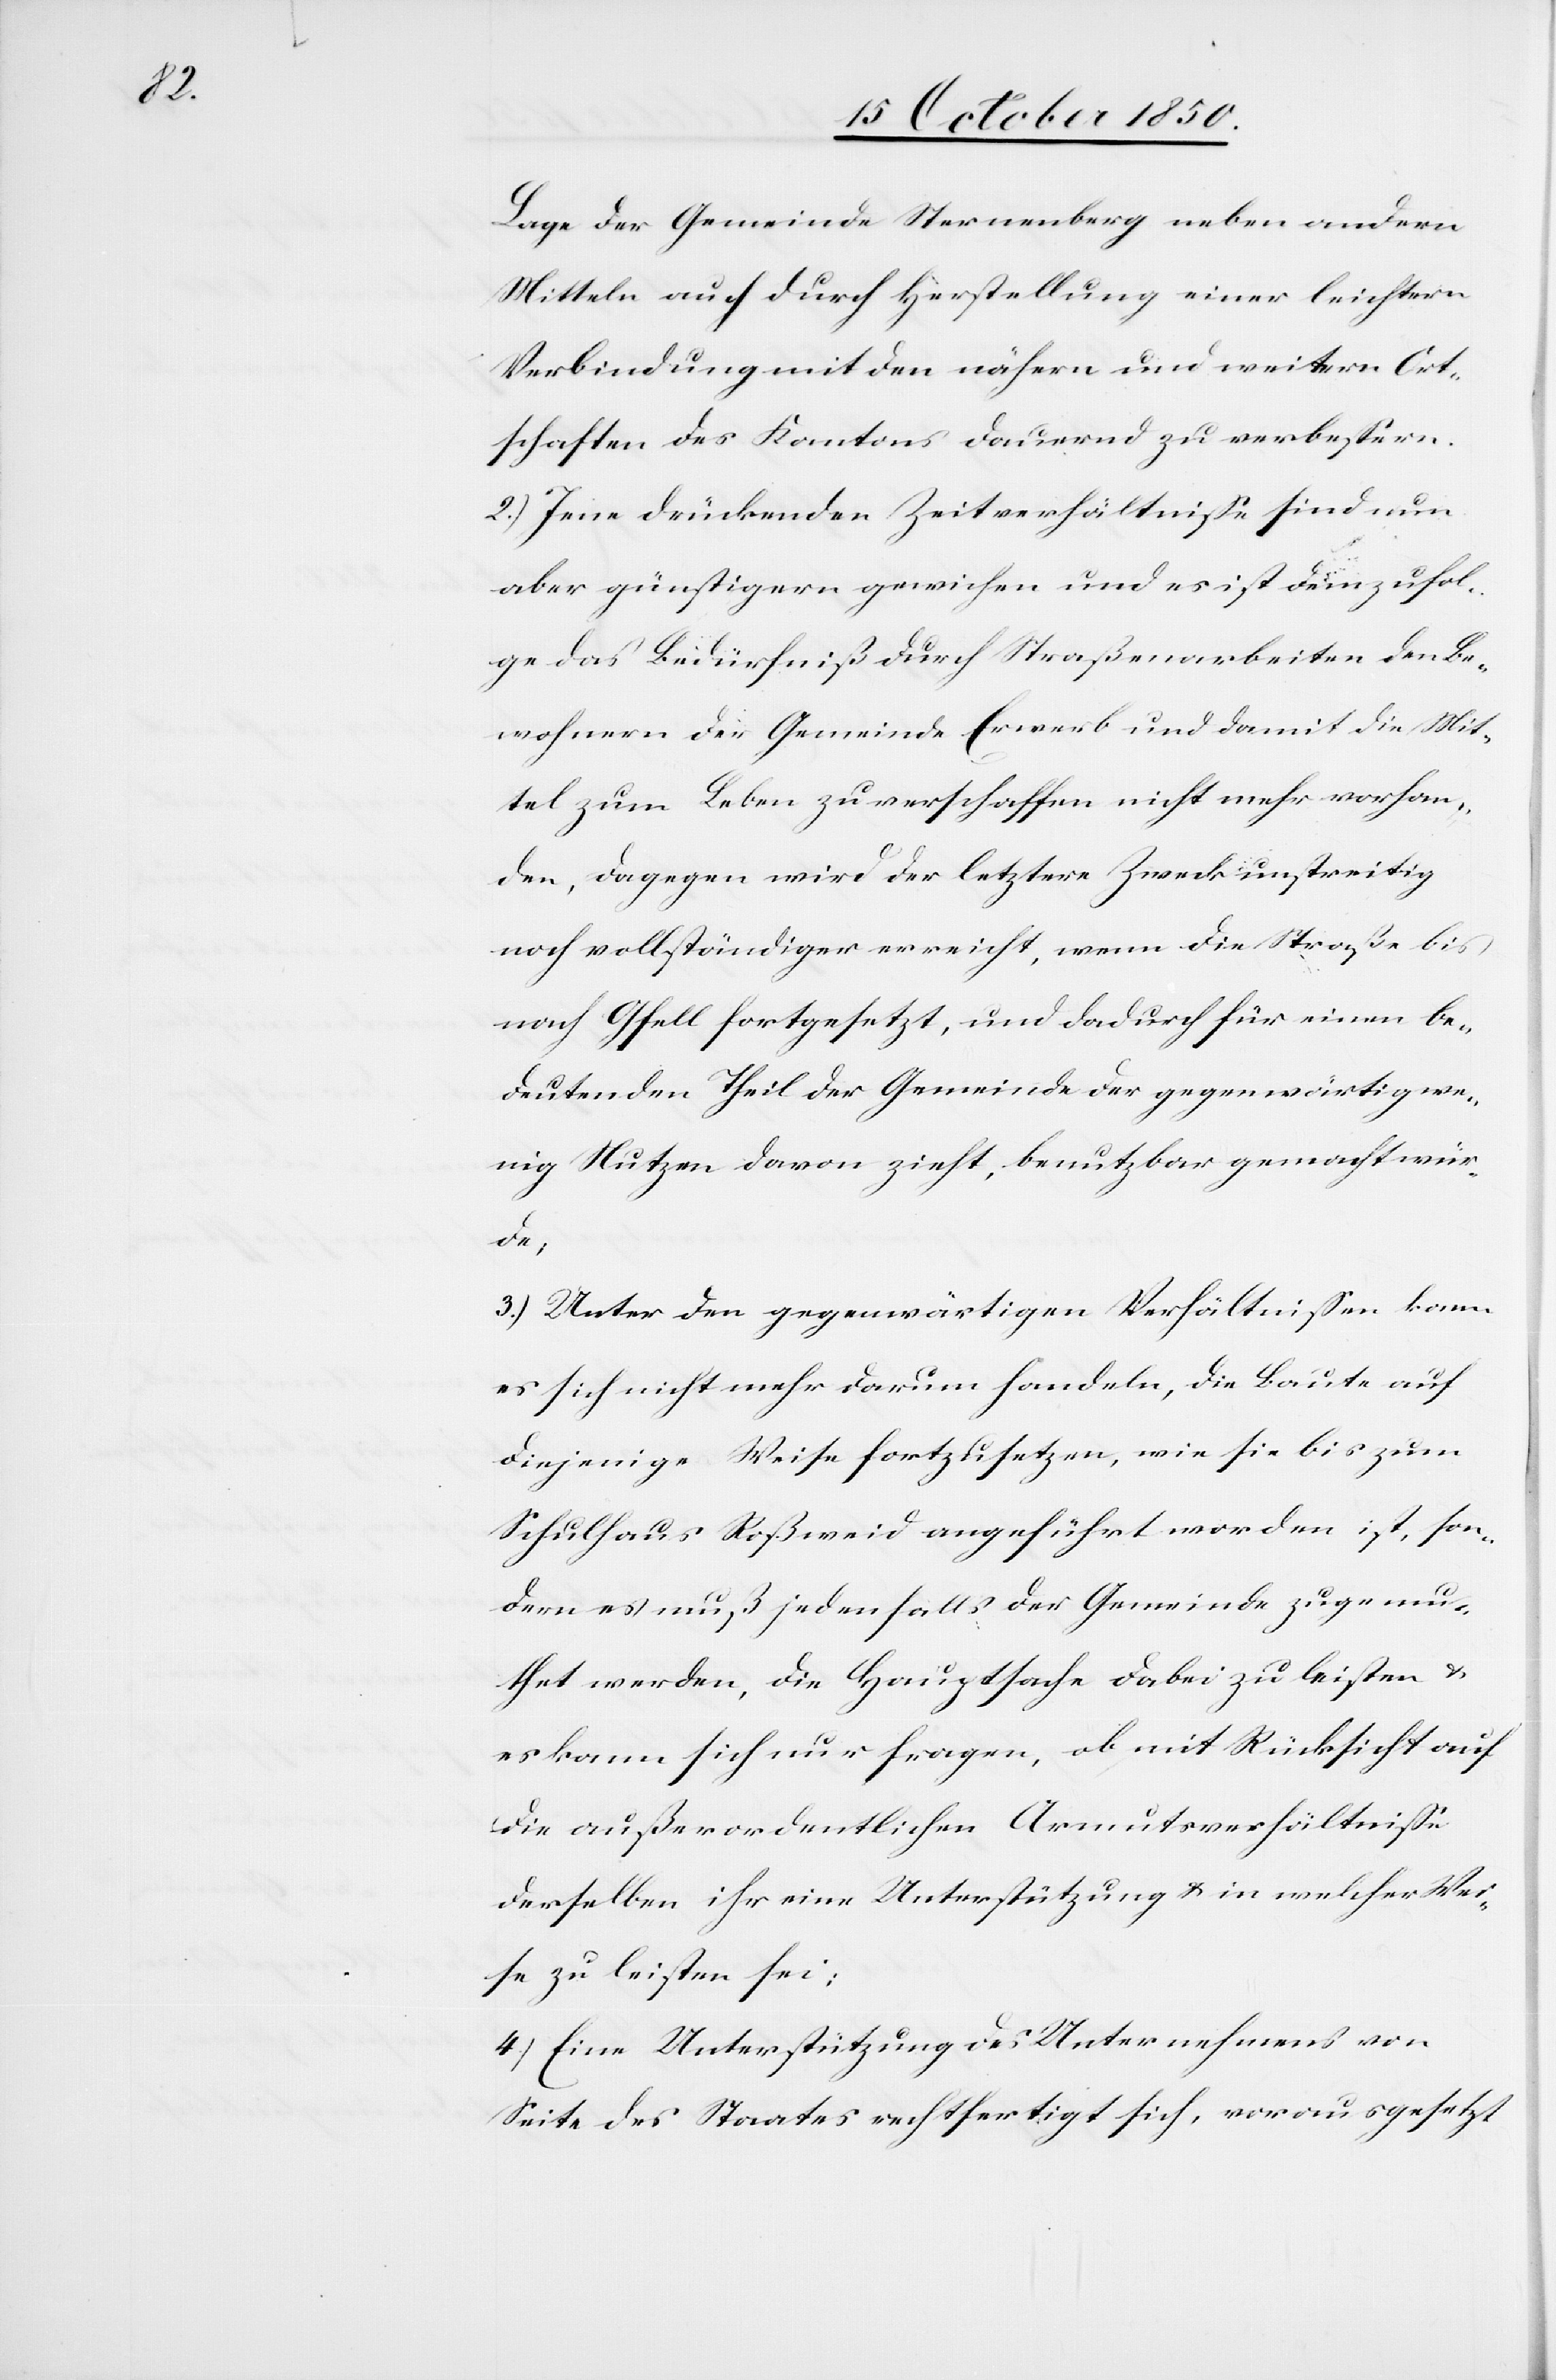
Lage der Gemeinde Sternenberg neben andern
Mitteln auch durch Herstellung einer leichtern
Verbindung mit den nähern und weitern Ort¬
schaften des Kantons dauernd zu verbessern.
2.) Jene drückenden Zeitverhältnisse sind nun
aber günstigern gewichen und es ist demzufol¬
ge das Bedürfniß durch Straßenarbeiten den Be¬
wohnern der Gemeinde Erwerb und damit die Mit¬
tel zum Leben zu verschaffen nicht mehr vorhan¬
den, dagegen wird der letztere Zweck unstreitig
noch vollständiger erreicht, wenn die Straße bis
nach Gfell fortgesetzt, und dadurch für einen be¬
deutenden Theil der Gemeinde der gegenwärtig we¬
nig Nutzen davon zieht, benutzbar gemacht wür¬
de;
3.) Unter den gegenwärtigen Verhältnissen kann
es sich nicht mehr darum handeln, die Baute auf
diejenige Weise fortzusetzen, wie sie bis zum
Schulhaus Roßweid angeführt worden ist, son¬
dern es muß jedenfalls der Gemeinde zugemu¬
thet werden, die Hauptsache dabei zu leisten &
es kann sich nur fragen, ob mit Rücksicht auf
die außerordentlichen Armutsverhältnisse
derselben ihr eine Unterstützung & in welcher Wei¬
se zu leisten sei;
4.) Eine Unterstützung des Unternehmens von
Seite des Staates rechtfertigt sich, vorausgesetzt